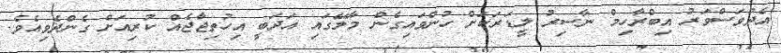
އެދުވަސްވަރު އިބްރާހިމް ނާސިރު ލީޑަރަކަށް ހުންވައިގެން މާލޭގައި އަދަބީ އިހުތިޖާޖެއް ކުރިއަށް ގެންދެވިއެވެ.